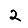
Digit: 2